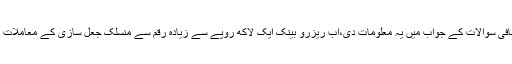
انہوں نے راجیہ سبھا کے وقفہ سوال کے دوران اضافی سوالات کے جواب میں یہ معلومات دی،اب ریزرو بینک ایک لاکھ روپے سے زیادہ رقم سے منسلک جعل سازی کے معاملات پر مختلف بینکوں کے ساتھ مل کر نظر رکھتی ہے۔